Bombay plague: being a history of the progress of plague in the Bombay presidency from September 1896 to June 1899
Year: 1896
Disease focus: Plague
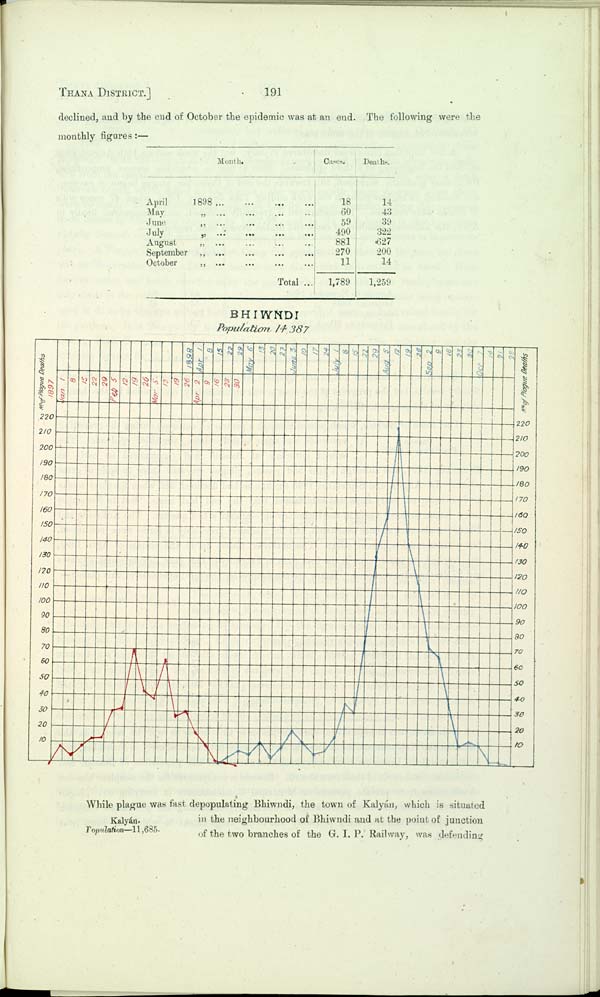
THANA DISTRICT.]
191
declined, and by the end of October the epidemic was at an end. The following were the
monthly
figures:—
Month.
April
1898
May
"
June
"
August
"
September "
October
"
Total
Cases.
18
60
59
490
881
270
11
1,789
Deaths.
14
43
39
322
627
200
14
1,259
BHIWNDI
Population 14,387
Kalyán.
Population—11,685.
While plague was fast depopulating Bhiwndi, the town of Kalyán, which is situated
in the neighbourhood of Bhiwndi and at the point of junction
of the two branches of the G. I. P. Railway, was defending